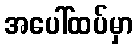
အပေါ်ထပ်မှာ